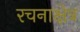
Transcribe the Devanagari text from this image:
रचनाक्षेत्र